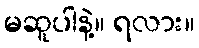
မဆူပါနဲ့။ ရလား။